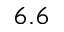
6 . 6